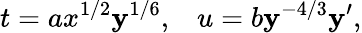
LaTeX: t=ax^{1/2}\mathbf{y}^{1/6},\; \; \; u=b\mathbf{y}^{-4/3}\mathbf{y}^{\prime},